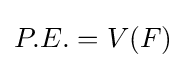
P.E.=V(F)